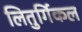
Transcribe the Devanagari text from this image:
लितुर्गिकल